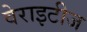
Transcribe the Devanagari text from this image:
वेराइटीज